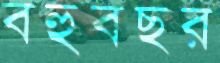
বহুবছর